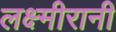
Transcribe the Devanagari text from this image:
लक्ष्मीरानी